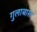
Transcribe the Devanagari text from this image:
गुलाबास